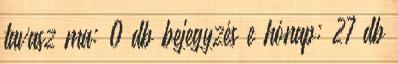
tavasz ma: 0 db bejegyzés e hónap: 27 db